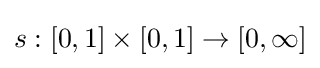
s:[0,1]\times [0,1]\to [0,\infty ]